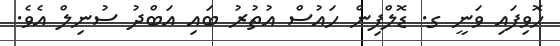
ހޮވިފައި ވަނީ ގ. ޑޮލްފިން ހައުސް އުތުރު ބައި އަބްދު ސުނިލް އެވެ.